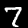
Label: 7